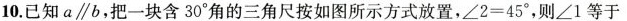
10.已知a∥b，把一块含30^{\circ}角的三角尺按如图所示方式放置，\angle 2=45^{\circ}，则\angle 1等于 ( )